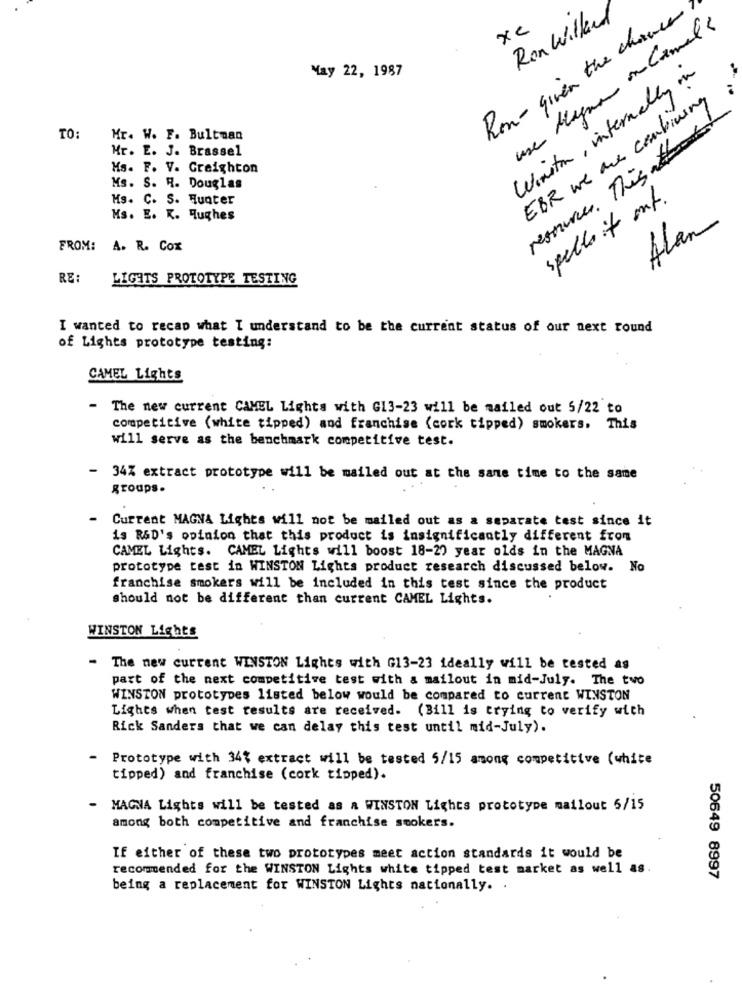
Ron - given the chance
Ron Willed
use blague on damals
xx
Winston, internally in
May 22, 1987
EBR we are combining
resources. This
TO:
Hr. W. F. Bultman
Hr. E. J. Brassel
Hs. F. V. Creighton
Ms. S. R. Douglas
Hs. C. S. Hunter
spells it out.
Ms. E. K. Hughes
Alan
FROM: A. R. Cox
RE:
LIGHTS PROTOTYPE TESTING
I wanted to recap what I understand to be the current status of our next round
of Lights prototype testing:
CAMEL Lights
-
The new current CAMEL Lights with GL3-23 will be mailed out 5/22 to
competitive (white tipped) and franchise (cork tipped) smokers. This
will serve as the benchmark competitive test.
-
34% extract prototype will be mailed out at the same time to the same
groups.
-
Current MAGNA Lights will not be mailed out as a separate test since it
is R&D's opinion that this product is insignificantly different from
CAMEL Lights. CAMEL Lights will boost 18-20 year olds in the MAGNA
prototype test in WINSTON Lights product research discussed below. No
franchise smokers will be included in this test since the product
should not be different than current CAMEL Lights.
WINSTON Lights
- The new current WINSTON Lights with G13-23 ideally will be tested as
part of the next competitive test with a mailout in mid-July. The two
WINSTON prototypes listed below would be compared to current WINSTON
Lights when test results are received. (Bill is trying to verify with
Rick Sanders that we can delay this test until mid-July).
- Prototype with 34% extract will be tested 5/15 among competitive (white
tipped) and franchise (cork tipped).
- MAGNA Lights will be tested as a WINSTON Lights prototype mailout 5/15
among both competitive and franchise smokers.
If either of these two prototypes meet action standards it would be
recommended for the WINSTON Lights white tipped test market as well as
50649 8997
being a replacement for WINSTON Lights nationally. .